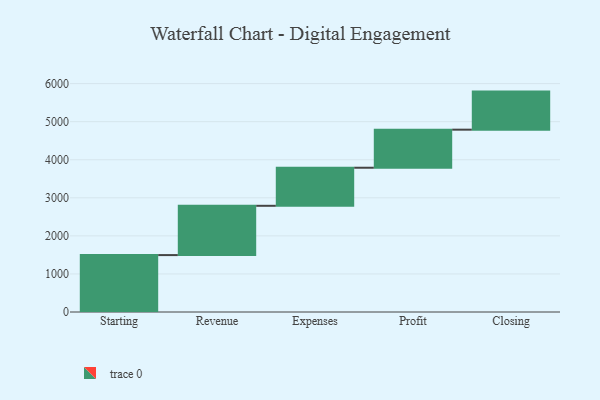
{"axis": {"x": "Step", "y": "Value"}, "legend": [""], "data": [{"x": "Starting", "y": 1495.0, "type": ""}, {"x": "Revenue", "y": 1295.0, "type": ""}, {"x": "Expenses", "y": 1000, "type": ""}, {"x": "Profit", "y": 1000, "type": ""}, {"x": "Closing", "y": 1000, "type": ""}]}